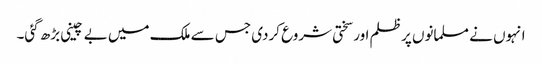
انہوں نے مسلمانوں پر ظلم اور سختی شروع کردی جس سے ملک میں بے چینی بڑھ گئی۔